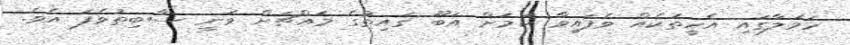
ހަމަލާގައި އެހީތަކެއް ވެފައިވާ ކަމަށް އަބޫ ގައިތުގެ މައްޗަށް ވަނީ ސާބިތުވެފަ އެވެ.